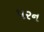
પરન